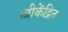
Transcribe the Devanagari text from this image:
स्त्रीकेंद्रित